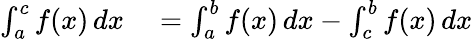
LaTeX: \begin{array}{rl}{\int_{a}^{c}f(x)\, dx}&{{}{}=\int_{a}^{b}f(x)\, dx-\int_{c}^{b}f(x)\, dx}\end{array}